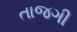
તાજગી